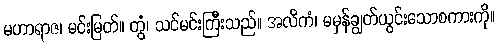
မဟာရာဇ၊ မင်းမြတ်။ တွံ၊ သင်မင်းကြီးသည်။ အလိကံ၊ မမှန်ချွတ်ယွင်းသောစကားကို။